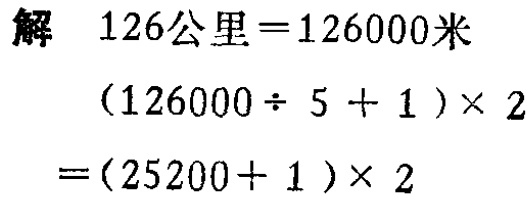
解

\(126公里 = 126000米\)

\((126000 \div 5 + 1)\times 2\)

\(=(25200 + 1)\times 2\)